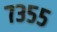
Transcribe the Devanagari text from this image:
७३५५